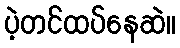
ပဲ့တင်ထပ်နေဆဲ။